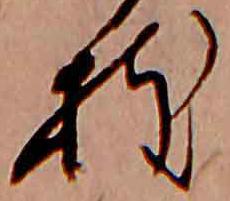
枝